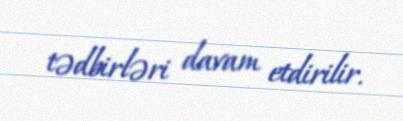
tədbirləri davam etdirilir.